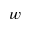
w